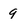
Character: 9